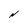
Character: N